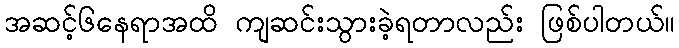
အဆင့်၆နေရာအထိ ကျဆင်းသွားခဲ့ရတာလည်း ဖြစ်ပါတယ်။